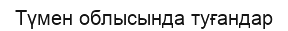
Түмен облысында туғандар